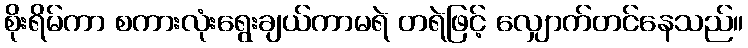
စိုးရိမ်ကာ စကားလုံးရွေးချယ်ကာမရဲ တရဲဖြင့် လျှောက်တင်နေသည်။